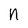
Character: n